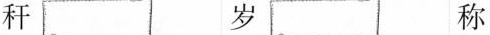
秆 岁 称